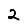
Digit: 2